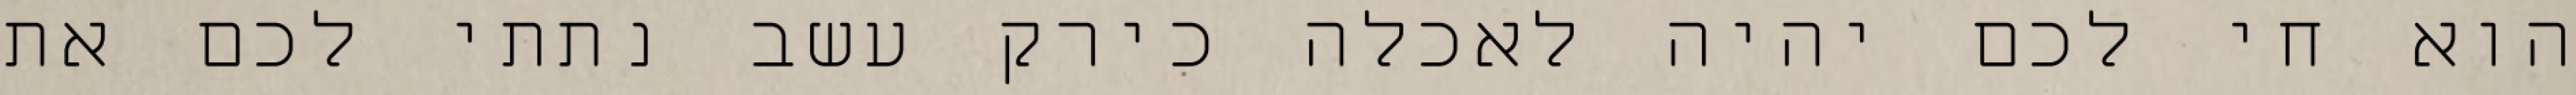
הוא חי לכם יהיה לאכלה כירק עשב נתתי לכם את